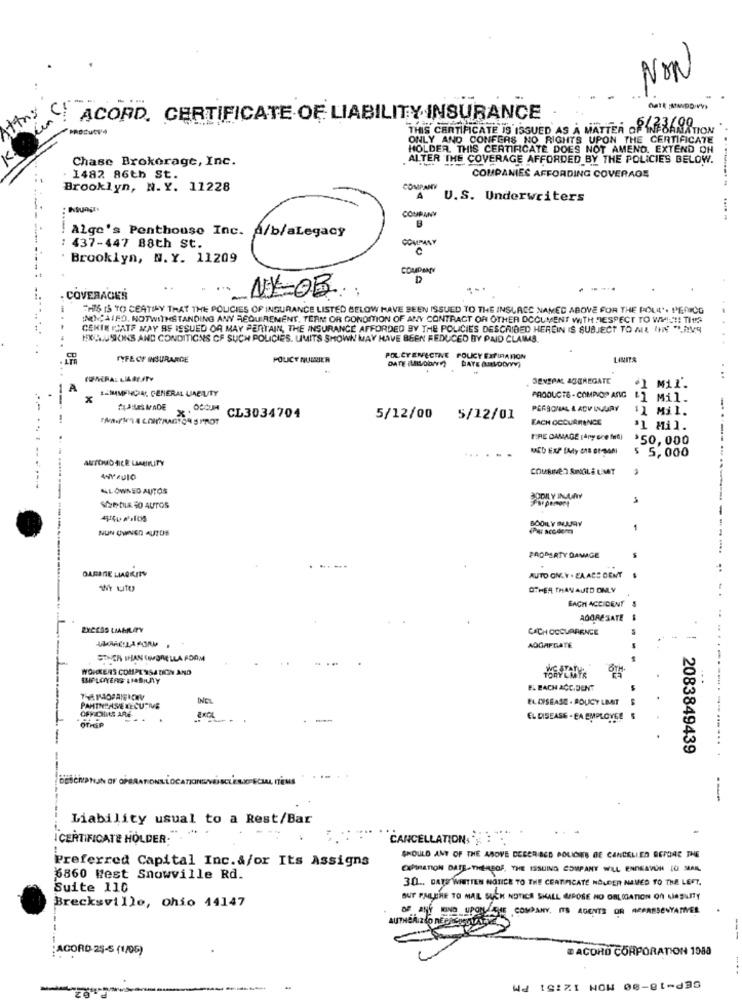
NON
ACORD. CERTIFICATE OF LIABILITY INSURANCE
THIS CERTIFICATE IS ISSUED AS A MATTER OF KR
AMATION
ONLY AND CONFERS NO RIGHTS UPON THE CERTIFICATE
HOLDER. THIS CERTIFICATE DOES NOT AMENO. EXTEND OH
Chase Brokerage, Inc.
ALTER THE COVERAGE AFFORDED BY THE POLICIES BELOW.
1482 86th St.
COMPANIES AFFORDING COVERAGE
Brooklyn, N. Y. 11228
COMPANY
A
U.S. Underwriters
COUPANY
B
Alge's Penthouse Inc. A/b/aLegacy
COMPANY
: 437-447 88th St.
Brooklyn, N. Y. 11209
COMPANY
. COVERAGES
THIS IS TO CEATIAY THAT THE POLICIES OF INSURANCE LISTED BELOW HAVE BEEN ISSUED TO THE INSLACE NAMED ABOVE FOR THE POURL'. PERICG
MICCAIFD. NOTWITHSTANDING ANY REQUIREMENT, TERM OR CONDITION OF ANY CONTRACT OF OTHER DOCUMENT WITH RESPECT TO WH !!!! TIPS
CENIN PLATE MAY BE ISSUED OR MAY PERTAIN, THE INSURANCE AFFORDED BY THE POLICIES DESCRIBED HEREIN IS SUBJECT TO ME (IN "LAVS
HIR.USIONS AND CONDITIONS OF SUCH POLICIES. LIMITS SHOWN MAY HAVE BEEN REDUCED BY PAID CLAMS.
FYFE OF INSURANCE
POLICY NUDSIER
POLCYENFECINE POLICY EXPIRATION
DATE (LILLODAY
DATE (LODYYY)
SEVERAL AGGREGATE
"1 Mil.
A
#-MMMENCIAS GENERAL LIABILITY
x
PRODUCTS . COMPOP ANIG
Mil.
PERSONAL & ACV INJURY
'1 Mil.
CL3034704
5/12/00
5/12/01
EACH OCCURRENCE
'1 Mil.
FIRE DAMAGE (Any one frid)
$50, 000
$ 5,000
AUTOMOBILE LIABILITY
COMBINED SINGLE LIMIT
NL OWNED AUTOS
-------------
Se Dus 80 AUTOS
BOOIL Y MAY
NUN OWNED AUTOS
1
PROPERTY DAMAGE
GARENIE LIAOKITY
AUTO ONLY . EA ABS CENT
OTHER THAN AUTO ONLY
FACH ACCIDENT S
ADORESATE
EXCESS LIABILITY
CACH OCCURRENCE
AOGAFGATE
SONER THAN CHLORELLA FORM
WORKERS COMPENSATION AND
EL BACH ACCIDENT
ELDISEASE . POLICY LBAIT
OFFICHILS ARE
EL DISEASE - EA EMPLOYEE
OTHEP
2083849439
---
Liability usual to a Rest/Bar
...
. .
I CERTIFICATE HOLDER.
CANCELLATIONS:
Preferred Capital Inc.&/or Its Assigns
SHOULD ANY OF THE ABOVE DESCRIBED POLICIES BE CANCELLED BEFORE THE
6860 West Snowville Rd.
30 .. DAYS WRITTEN NOTICE TO THE CERTIFICATE HOLDER NAVED TO THE LEFT.
Suite 110
Brecksville, ohio 14147
BUT PAILTHE TO MAIL SUCK NOTICE SHALL IMPOSE NO OBLIGATION ON LIABLITY
OF ANE UND UPON DIE COMPANY, ITS AGENTS OR REPRESENTATIVES
---
:ACORD 25-5 (1/05)
@ ACORO CORPORATION 1988
Wd tCIZI NOW 00-81-836